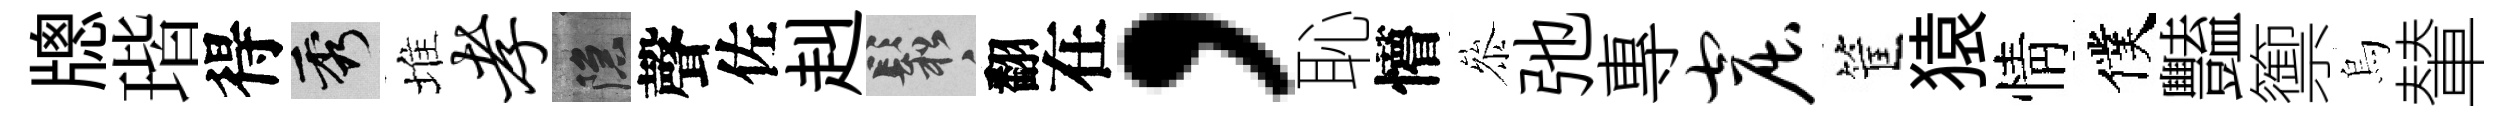
牕瑎得秀堆孝隱聲佐赳鬆翻在，恥懵叅弛專窟筐猿情僕豔籞烏輦